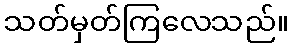
သတ်မှတ်ကြလေသည်။